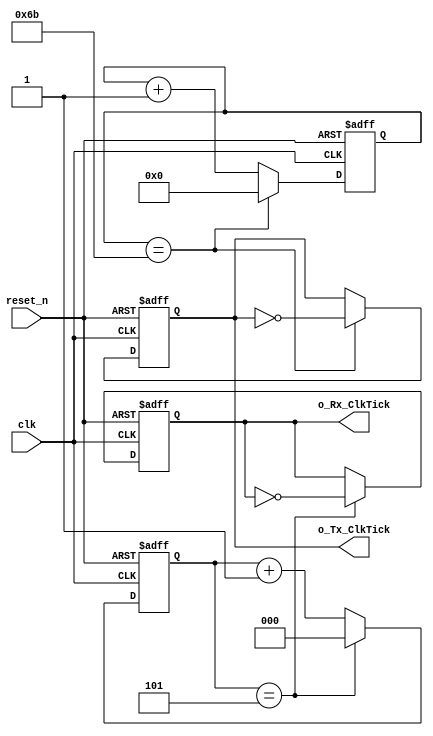
//  Baud Rage Generator : Divide Clock Frequency to UART RX/TX Baud Rates with 16x RX Oversampling

module baudRateGenerator #(
    parameter 
        CLOCK_RATE = 25000000,  // UART peripheral/system clock frequency --> 25 MHz (T = 4x10^-8 ns)
        BAUD_RATE = 115200,     // 115.2 kbps  --> required frequency of TX
        RX_OVERSAMPLE = 16)(    // RX oversampling by 16

    // Global Signals
    input clk,
    input reset_n,

    // RX and TX Baud Rates
    output reg o_Rx_ClkTick,
    output reg o_Tx_ClkTick
    );

    localparam 
        // UART_DIV value
        TX_CNT = CLOCK_RATE / (2*BAUD_RATE),                // = 108.5 = 108
        RX_CNT = CLOCK_RATE / (2*BAUD_RATE*RX_OVERSAMPLE),  // = 6.78 = 6

        // UART_DIV contanier width
        TX_CNT_WIDTH = $clog2(TX_CNT),                      // ceiling of log_2[TX_CNT] = ceil(6.76) = 7
        RX_CNT_WIDTH = $clog2(RX_CNT);                      // ceiling of log_2[RX_CNT] = ceil(2.76) = 3


    // counters to count till UART_DIV
    reg[TX_CNT_WIDTH - 1 : 0] r_Tx_Counter;                 // [6:0] r_Tx_Counter
    reg[RX_CNT_WIDTH - 1 : 0] r_Rx_Counter;                 // [2:0] r_Rx_Counter
    

    // RX Baud Rate 
    always @(posedge clk or negedge reset_n) begin
        if(!reset_n) begin
            o_Rx_ClkTick <= 1'b0;
            r_Rx_Counter <= 0;
        end

        else if(r_Rx_Counter == RX_CNT - 1) begin
            o_Rx_ClkTick <= ~o_Rx_ClkTick;
            r_Rx_Counter <= 0;
        end
        
        else begin
            r_Rx_Counter <= r_Rx_Counter + 1;
        end
    end
    

    // TX Baud Rate
    always @(posedge clk or negedge reset_n) begin
        if(!reset_n) begin
            o_Tx_ClkTick <= 1'b0;
            r_Tx_Counter <= 0;
        end

        else if(r_Tx_Counter == TX_CNT - 1) begin
            o_Tx_ClkTick <= ~o_Tx_ClkTick;
            r_Tx_Counter <= 0;
        end

        else begin
            r_Tx_Counter <= r_Tx_Counter + 1;
        end
    end

endmodule